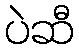
ပဲဆီ